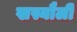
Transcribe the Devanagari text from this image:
खस्यौली